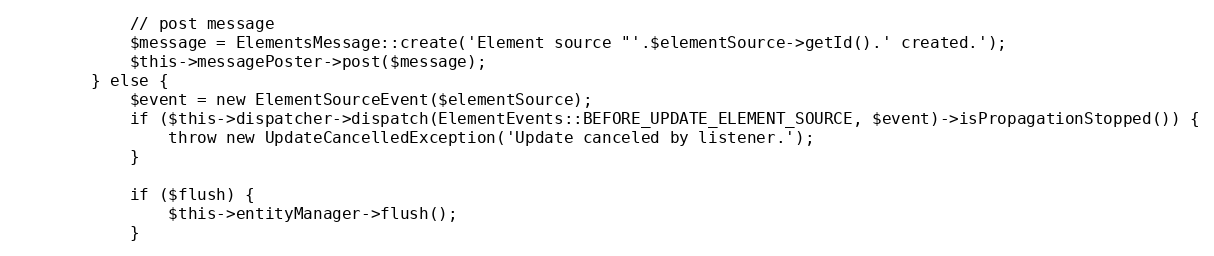
Language: PHP
            // post message
            $message = ElementsMessage::create('Element source "'.$elementSource->getId().' created.');
            $this->messagePoster->post($message);
        } else {
            $event = new ElementSourceEvent($elementSource);
            if ($this->dispatcher->dispatch(ElementEvents::BEFORE_UPDATE_ELEMENT_SOURCE, $event)->isPropagationStopped()) {
                throw new UpdateCancelledException('Update canceled by listener.');
            }

            if ($flush) {
                $this->entityManager->flush();
            }